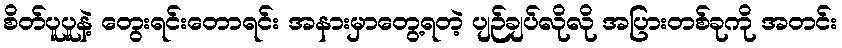
စိတ်ပူပူနဲ့ တွေးရင်းတောရင်း အနားမှာတွေ့ရတဲ့ ပျဉ်ချပ်လိုလို အပြားတစ်ခုကို အတင်း